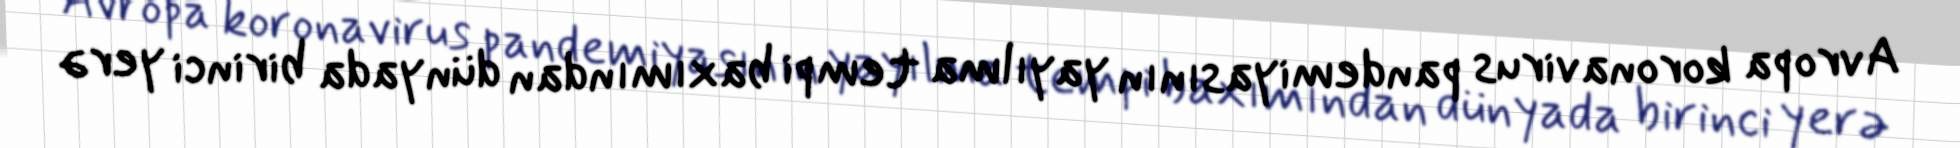
Avropa koronavirus pandemiyasının yayılma tempi baxımından dünyada birinci yerə